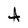
Character: A